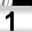
Digit: 1